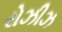
રોઝીઝ